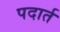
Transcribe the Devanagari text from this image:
पदार्त